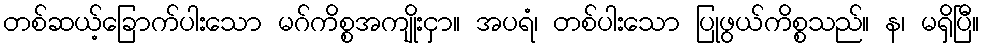
တစ်ဆယ့်ခြောက်ပါးသော မဂ်ကိစ္စအကျိုးငှာ။ အပရံ၊ တစ်ပါးသော ပြုဖွယ်ကိစ္စသည်။ န၊ မရှိပြီ။